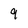
Character: 9